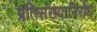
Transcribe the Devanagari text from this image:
प्रतिसंख्यानिरोध